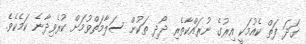
ގަދަ ފަތް ކެއުމަކީ އިރުގެ ނުރައްކާތެރި ދޯދި ތަކުން ސަލާމަތްވުމަށް ކުރެވިދާނެ ކަމެކެވެ.